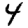
Digit: 4